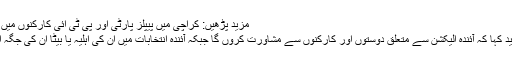
مزید پڑھیں: کراچی میں پیپلز پارٹی اور پی ٹی آئی کارکنوں میں تصادم، جلاؤ گھیراؤ
خواجہ آصف نے مزید کہا کہ آئندہ الیکشن سے متعلق دوستوں اور کارکنوں سے مشاورت کروں گا جبکہ آئندہ انتخابات میں ان کی اہلیہ یا بیٹا اُن کی جگہ الیکشن لڑ سکتے ہیں۔